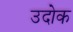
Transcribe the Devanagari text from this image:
उदोक